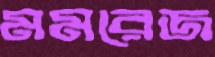
মমরেজ